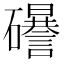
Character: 𥗟